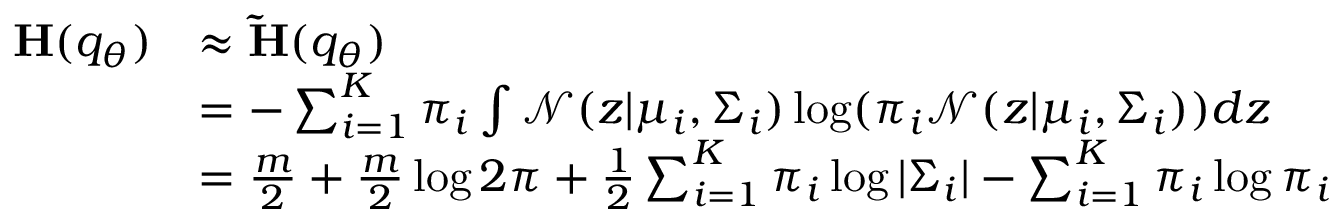
\begin{array} { r l } { \mathbf { H } ( q _ { \theta } ) } & { \approx \mathbf { \Tilde { H } } ( q _ { \theta } ) } \\ & { = - \sum _ { i = 1 } ^ { K } \pi _ { i } \int \mathcal { N } ( z | \mu _ { i } , \Sigma _ { i } ) \log ( \pi _ { i } \mathcal { N } ( z | \mu _ { i } , \Sigma _ { i } ) ) d z } \\ & { = \frac { m } { 2 } + \frac { m } { 2 } \log 2 \pi + \frac { 1 } { 2 } \sum _ { i = 1 } ^ { K } \pi _ { i } \log | \Sigma _ { i } | - \sum _ { i = 1 } ^ { K } \pi _ { i } \log \pi _ { i } } \end{array}